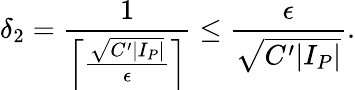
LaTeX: \delta_{2}=\frac{1}{\left\lceil\frac{\sqrt{C^{\prime}|I_{P}|}}{\epsilon}\right\rceil}\leq\frac{\epsilon}{\sqrt{C^{\prime}|I_{P}|}}.